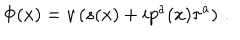
\Phi ( x ) = v \left( s ( x ) + i p ^ { a } ( x ) \tau ^ { a } \right) \, .